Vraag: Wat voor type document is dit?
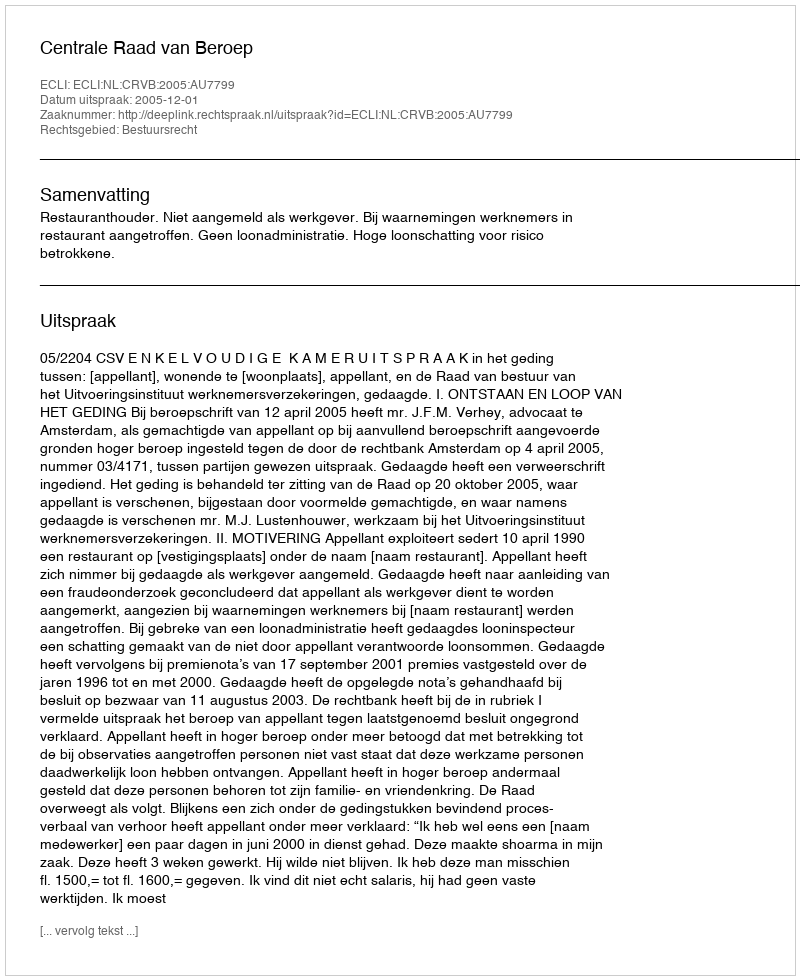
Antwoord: Uitspraak